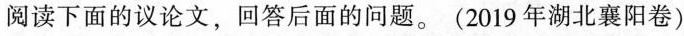
阅读下面的议论文，回答后面的问题。(2019年湖北襄阳卷)